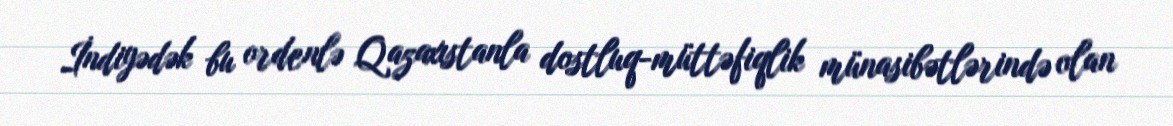
İndiyədək bu ordenlə Qazaxıstanla dostluq-müttəfiqlik münasibətlərində olan